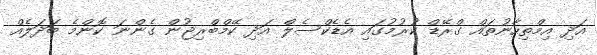
އަދި އިމްތިހާނުތައް ގްރޭޑް ކުރުމުގައި އެޑެކްސެލް އަދި ކޭމްބްރިޖުން ގެންނަ ކޮންމެ ބަދަލެއް